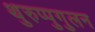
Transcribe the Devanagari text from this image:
थुरुप्पुगुलन